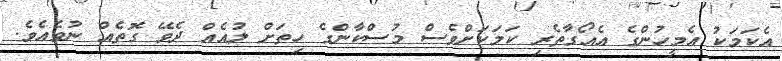
އެކަމަކު އެމީހުންގެ އެއޯގާތެރި ކަމަކަށްވެސް މުސްކާންގެ ހިތަށް ލުއެއް ދެވޭ ގޮތެއް ނުވެއެވެ.